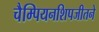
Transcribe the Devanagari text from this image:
चैम्पियनशिपजीतने